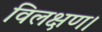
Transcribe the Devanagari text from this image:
विलक्षण।